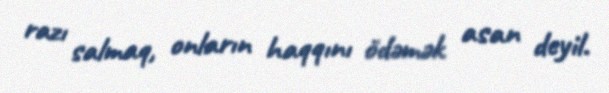
razı salmaq, onların haqqını ödəmək asan deyil.